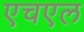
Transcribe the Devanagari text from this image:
एचएल